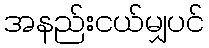
အနည်းငယ်မျှပင်